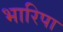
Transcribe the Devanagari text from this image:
भारिपा